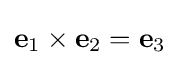
\mathbf {e} _{1}\times \mathbf {e} _{2}=\mathbf {e} _{3}